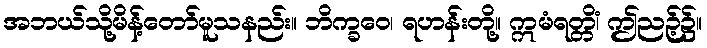
အဘယ်သို့မိန့်တော်မူသနည်း။ ဘိက္ခဝေ၊ ရဟန်းတို့။ ဣမံရတ္တိံ၊ ဤညဉ့်၌။